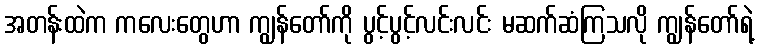
အတန်းထဲက ကလေးတွေဟာ ကျွန်တော်ကို ပွင့်ပွင့်လင်းလင်း မဆက်ဆံကြသလို ကျွန်တော်ရဲ့